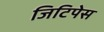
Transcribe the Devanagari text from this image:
जिटिपेस